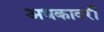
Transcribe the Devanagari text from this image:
अधकावरी